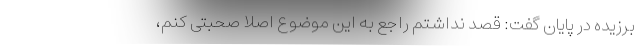
برزیده در پایان گفت: قصد نداشتم راجع به این موضوع اصلا صحبتی کنم،